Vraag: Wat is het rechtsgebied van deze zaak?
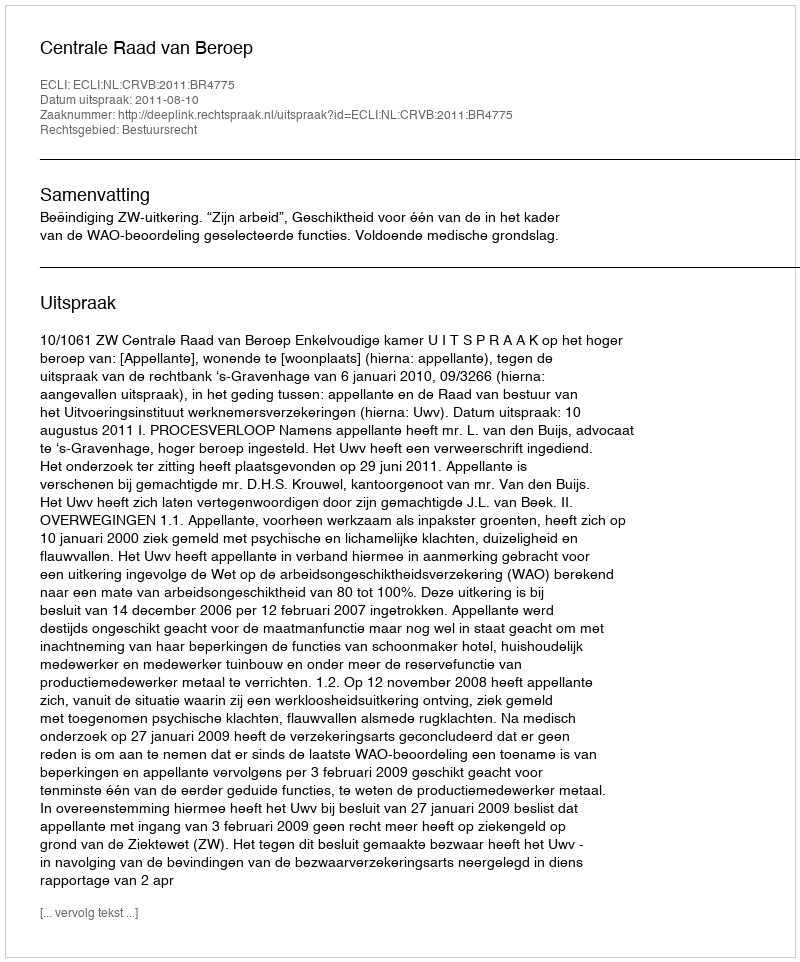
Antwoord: Bestuursrecht